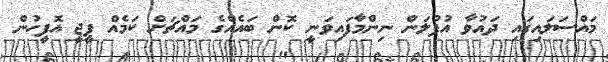
މައްސަލައިގައި ދައުވާ އުފުލަން ނިންމާފައިވަނީ ކޮން ބައެއްގެ މައްޗަށް ކަމެއް ޕީޖީ އޮފީހުން